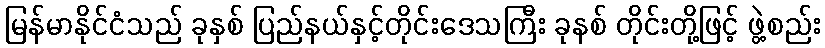
မြန်မာနိုင်ငံသည် ခုနှစ် ပြည်နယ်နှင့်တိုင်းဒေသကြီး ခုနစ် တိုင်းတို့ဖြင့် ဖွဲ့စည်း